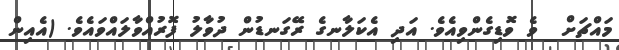
މައްޗަށް  ވެ ވޮޑިގެންވިއެވެ. އަދި އެކަލާނގެ ރޭގަނޑުން ދުވާލު ފޮރުއްވާލައްވައެވެ. (އެއިން